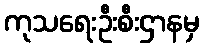
ကုသရေးဦးစီးဌာနမှ